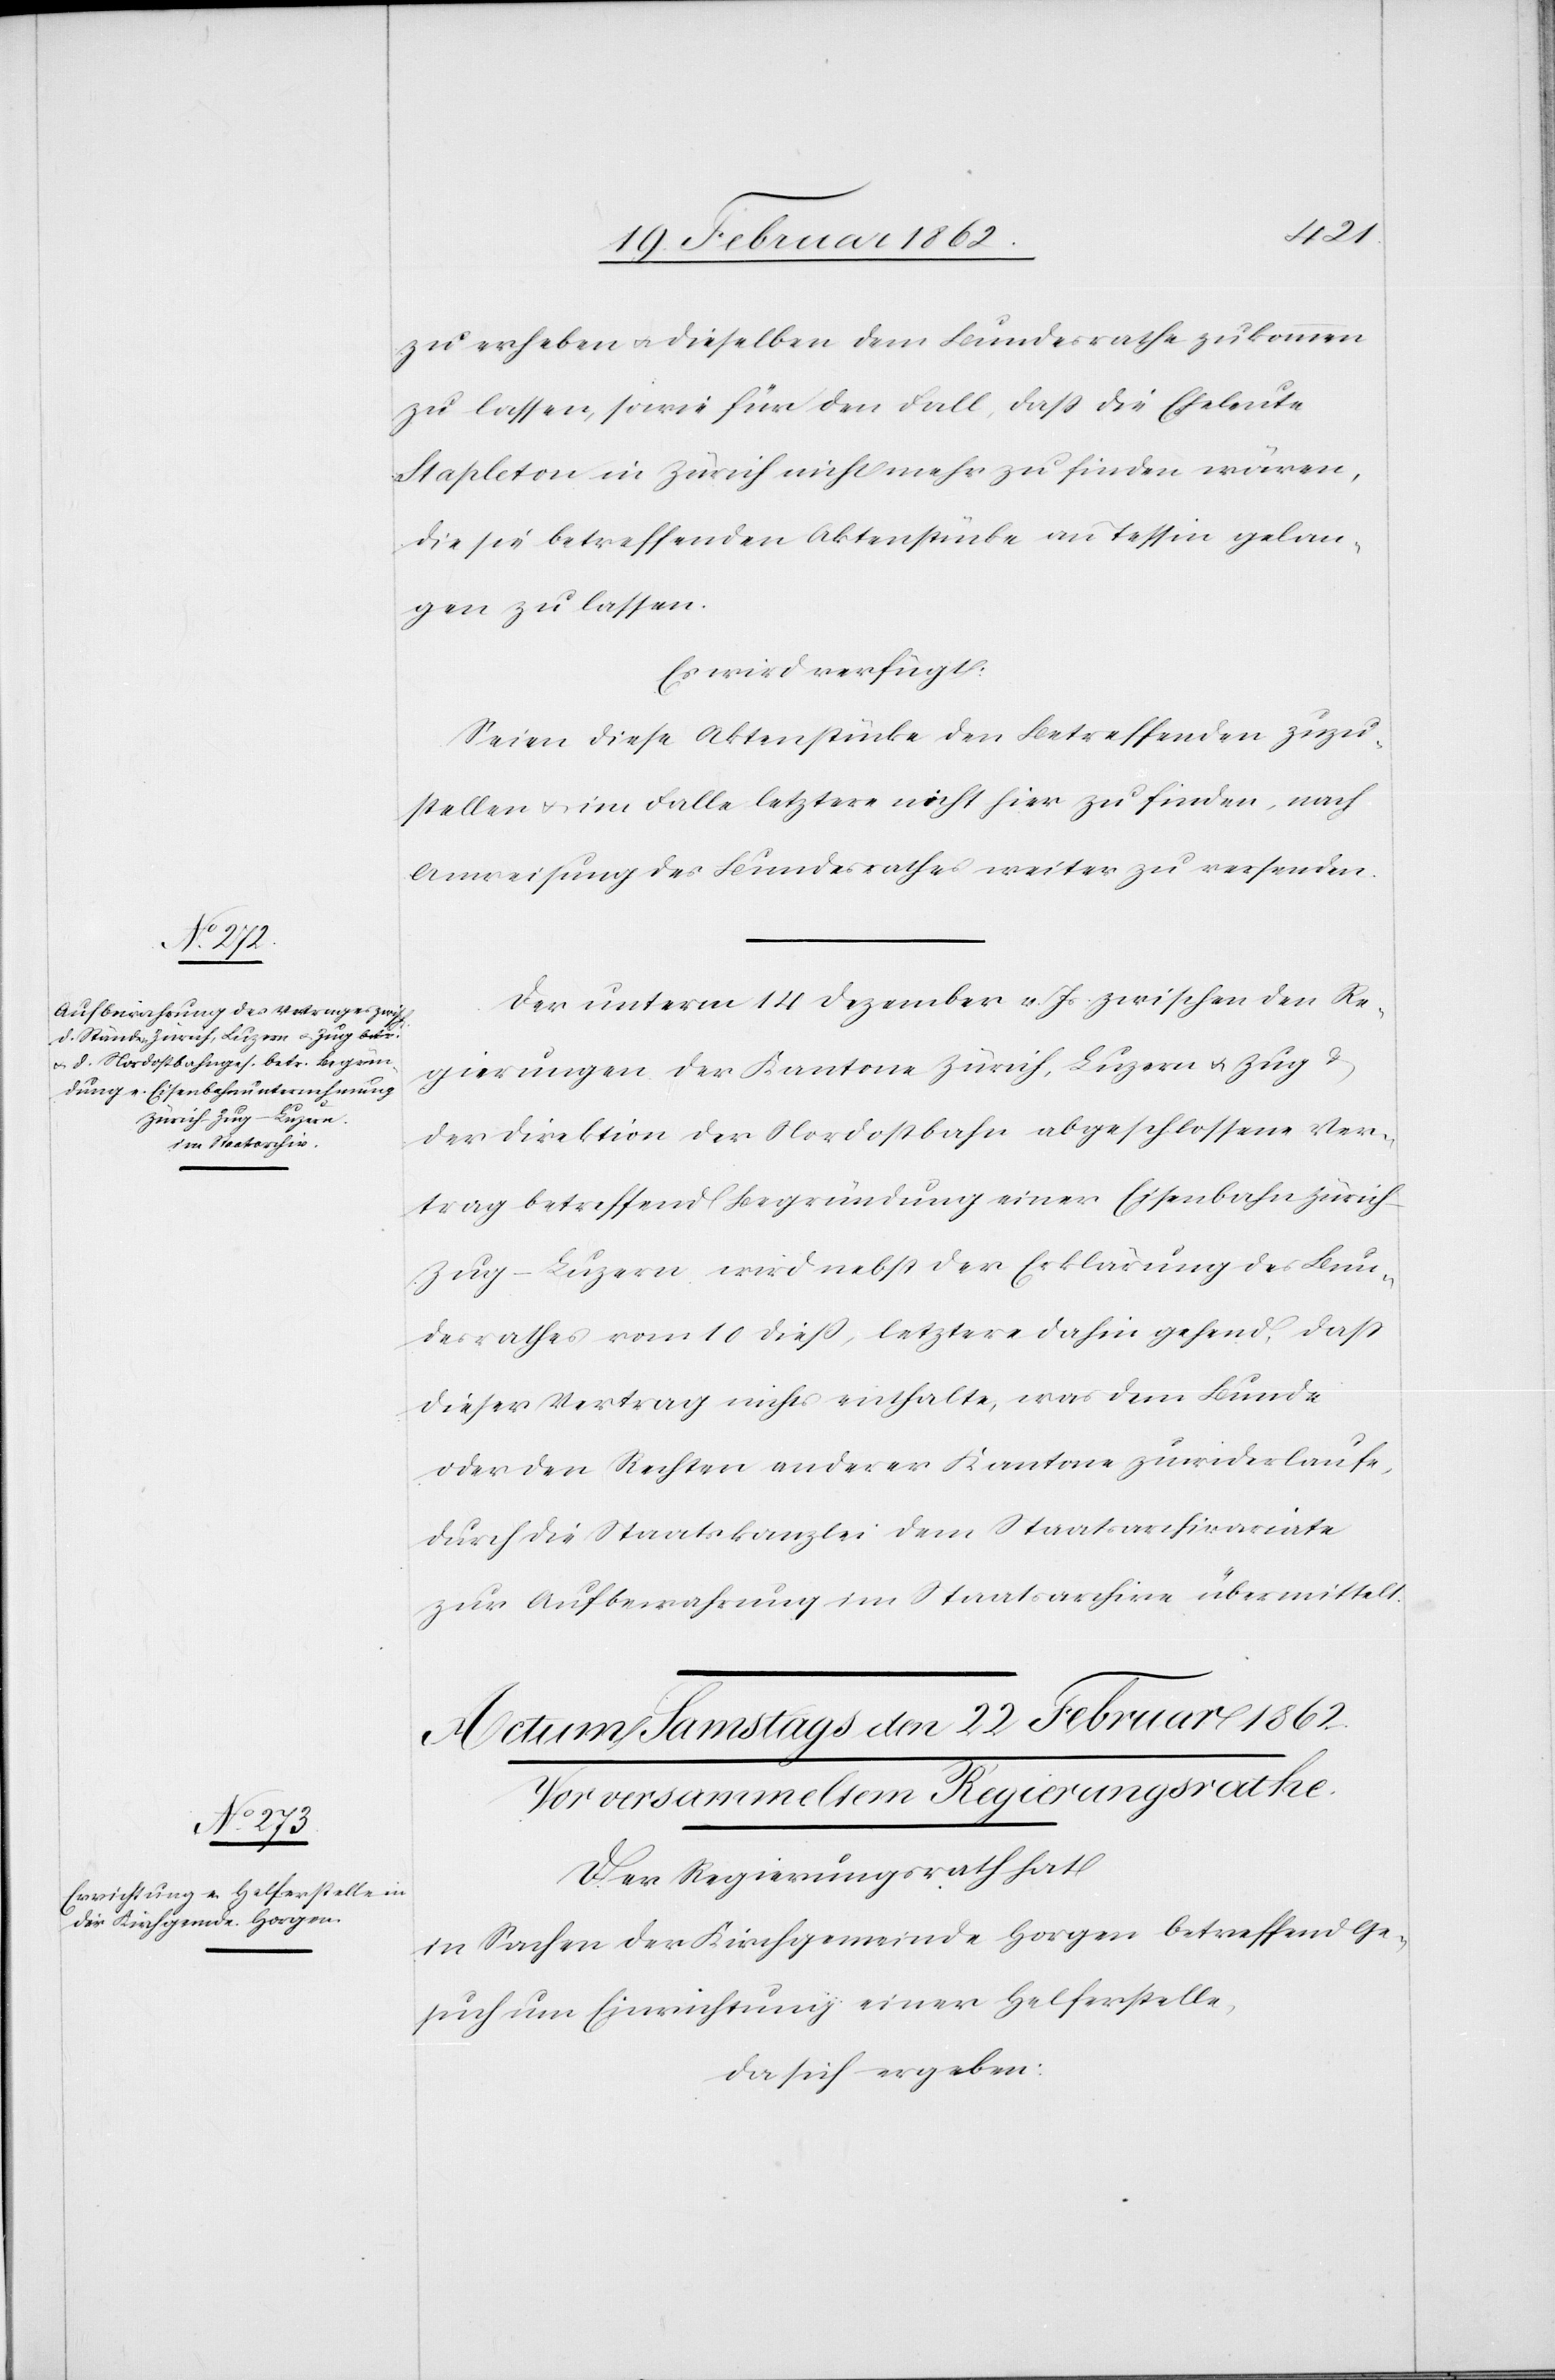
20. Februar 1862.]
zu erheben u. dieselben dem Bundesrathe zukommen
zu lassen, sowie für den Fall, daß die Eheleute
Stapleton in Zürich nicht mehr zu finden wären,
die sie betreffenden Aktenstücke an Tessin gelan¬
gen zu lassen.
Es wird verfügt:
Seien diese Aktenstücke den Betreffenden zuzu¬
stellen u. im Falle letztere nicht hier zu finden, nach
Anweisung des Bundesrathes weiter zu versenden.
Der unterm 14 Dezember v. Js. zwischen den Re¬
gierungen der Kantone Zürich, Luzern u. Zug &
der Direktion der Nordostbahn abgeschlossene Ver¬
trag betreffend Begründung einer Eisenbahn Züric¬
h–Zug–Luzern wird nebst der Erklärung des Bun¬
desrathes vom 10 dieß, letztere dahin gehend, daß
dieser Vertrag nichts enthalte, was dem Bunde
oder den Rechten anderer Kantone zuwiderlaufe,
durch die Staatskanzlei dem Staatsarchivariate
zur Aufbewahrung im Staatsarchive übermittelt.
Der Regierungsrath hat
in Sachen der Kirchgemeinde Horgen betreffend Ge¬
such um Einrichtung einer Helferstelle,
da sich ergeben: